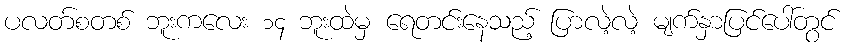
ပလတ်စတစ် ဘူးကလေး ၁၄ ဘူးထဲမှ ရေတင်းနေသည့် ပြာလဲ့လဲ့ မျက်နှာပြင်ပေါ်တွင်